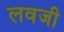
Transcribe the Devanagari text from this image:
लवजी